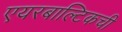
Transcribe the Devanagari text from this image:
एयरबाल्टिकची